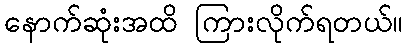
နောက်ဆုံးအထိ ကြားလိုက်ရတယ်။